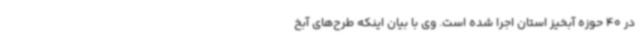
در 40 حوزه آبخیز استان اجرا شده است. وی با بیان اینکه طرح‌های آبخ